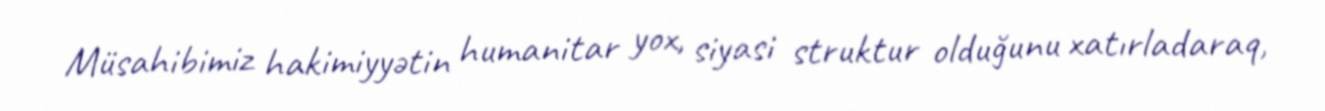
Müsahibimiz hakimiyyətin humanitar yox, siyasi struktur olduğunu xatırladaraq,